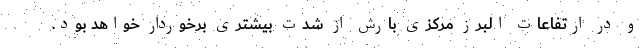
و در ارتفاعات البرز مرکزی بارش از شدت بیشتری برخوردار خواهد بود.